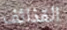
القذائف